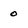
Character: 0